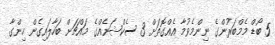
5 ބޯޑް މެމްބަރުންގެ ނިންމެވުމާ އެއްގޮތަށް 3 ސެކްޝަނެއްގެ މައްޗަށް ބަހާލައިގެން ހިންގާ